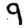
Digit: 9